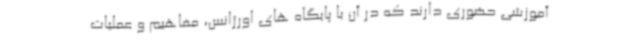
آموزشی حضوری دارند که در آن با پایگاه های اورژانس، مفاهیم و عملیات